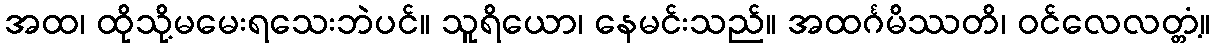
အထ၊ ထိုသို့မမေးရသေးဘဲပင်။ သူရိယော၊ နေမင်းသည်။ အထင်္ဂမိဿတိ၊ ဝင်လေလတ္တံ့။